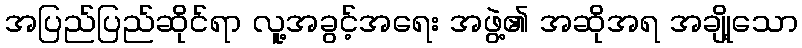
အပြည်ပြည်ဆိုင်ရာ လူ့အခွင့်အရေး အဖွဲ့၏ အဆိုအရ အချို့သော